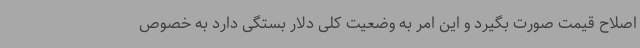
اصلاح قیمت صورت بگیرد و این امر به وضعیت کلی دلار بستگی دارد به خصوص